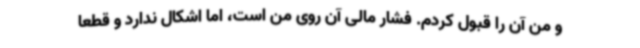
و من آن را قبول کردم. فشار مالی آن روی من است، اما اشکال ندارد و قطعا